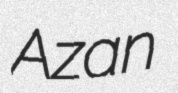
Azan